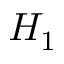
H _ { 1 }